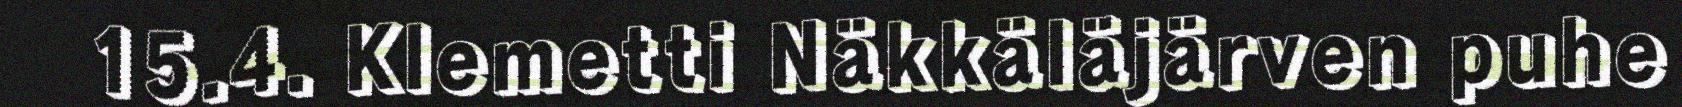
15.4. Klemetti Näkkäläjärven puhe